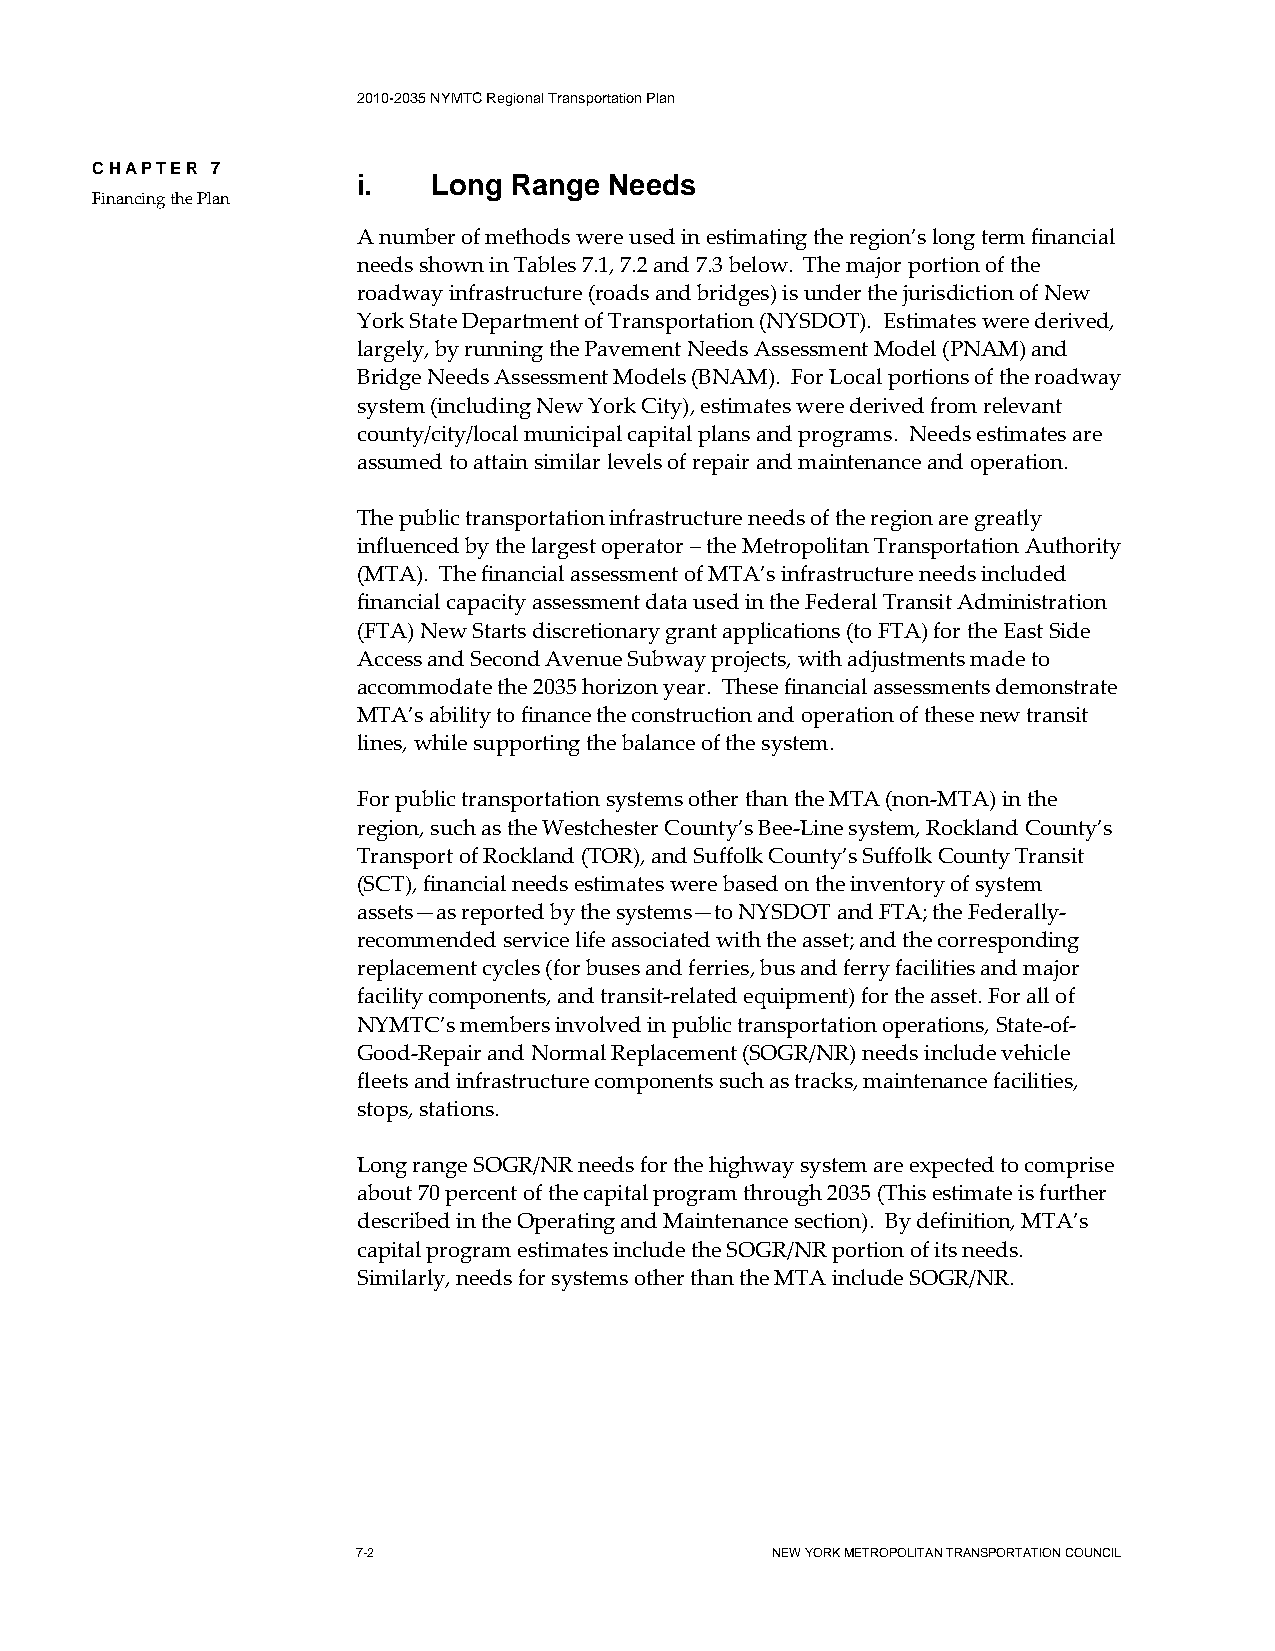
2010-2035 NYMTC Regional Transportation Plan
 CHAPTER 7
 i.   Long Range Needs
 Financing the Plan
 A number of methods were used in estimating the region’s long term financial
 needs shown in Tables 7.1, 7.2 and 7.3 below. The major portion of the
 roadway infrastructure (roads and bridges) is under the jurisdiction of New
 York State Department of Transportation (NYSDOT). Estimates were derived,
 largely, by running the Pavement Needs Assessment Model (PNAM) and
 Bridge Needs Assessment Models (BNAM). For Local portions of the roadway
 system (including New York City), estimates were derived from relevant
 county/city/local municipal capital plans and programs. Needs estimates are
 assumed to attain similar levels of repair and maintenance and operation.
 The public transportation infrastructure needs of the region are greatly
 influenced by the largest operator – the Metropolitan Transportation Authority
 (MTA). The financial assessment of MTA’s infrastructure needs included
 financial capacity assessment data used in the Federal Transit Administration
 (FTA) New Starts discretionary grant applications (to FTA) for the East Side
 Access and Second Avenue Subway projects, with adjustments made to
 accommodate the 2035 horizon year. These financial assessments demonstrate
 MTA’s ability to finance the construction and operation of these new transit
 lines, while supporting the balance of the system.
 For public transportation systems other than the MTA (non-MTA) in the
 region, such as the Westchester County’s Bee-Line system, Rockland County’s
 Transport of Rockland (TOR), and Suffolk County’s Suffolk County Transit
 (SCT), financial needs estimates were based on the inventory of system
 assets—as reported by the systems—to NYSDOT and FTA; the Federally-
 recommended service life associated with the asset; and the corresponding
 replacement cycles (for buses and ferries, bus and ferry facilities and major
 facility components, and transit-related equipment) for the asset. For all of
 NYMTC’s members involved in public transportation operations, State-of-
 Good-Repair and Normal Replacement (SOGR/NR) needs include vehicle
 fleets and infrastructure components such as tracks, maintenance facilities,
 stops, stations.
 Long range SOGR/NR needs for the highway system are expected to comprise
 about 70 percent of the capital program through 2035 (This estimate is further
 described in the Operating and Maintenance section). By definition, MTA’s
 capital program estimates include the SOGR/NR portion of its needs.
 Similarly, needs for systems other than the MTA include SOGR/NR.
 7-2                        NEW YORK METROPOLITAN TRANSPORTATION COUNCIL